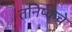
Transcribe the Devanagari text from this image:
तनिष्कचे